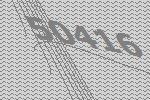
50416